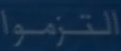
التزموا